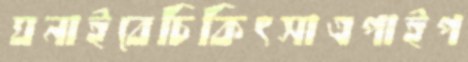
ঘনাইবেচিকিৎসাএপাইপ